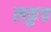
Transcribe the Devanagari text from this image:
लकुच